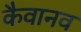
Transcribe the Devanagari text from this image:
कैवानव